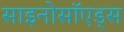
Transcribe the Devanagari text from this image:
साइनोसॉएड्स